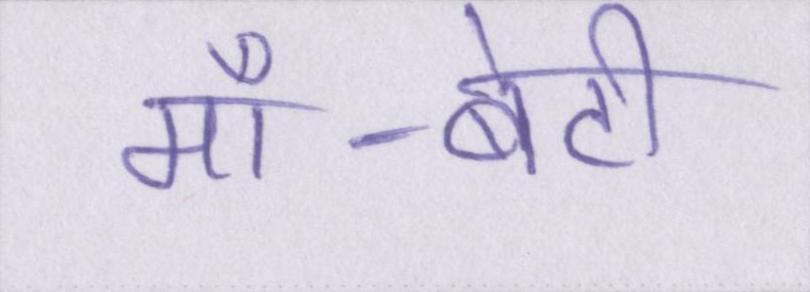
माँ-बेटी